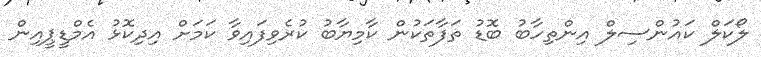
ލޯކަލް ކައުންސިލް އިންތިހާބު ބޮޑު ތަފާތަކުން ކާމިޔާބު ކުރެވިފައިވާ ކަމަށް އިދިކޮޅު އެމްޑީޕީއިން